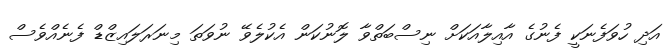
އަދި ހުވަފެނަކީ ފެނުގެ އާއިލާއަކަށް ނިސްބަތްވާ ލޮނުކަން އެކުލެވޭ ނުވަތަ މިނަރަލައިޒްޑް ފެނެއްވެސް